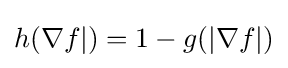
\textstyle h(\nabla f|)=1-g(|\nabla f|)